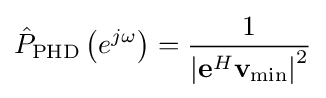
{\hat {P}}_{\text{PHD}}\left(e^{j\omega }\right)={\frac {1}{\left|\mathbf {e} ^{H}\mathbf {v} _{\text{min}}\right|^{2}}}